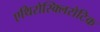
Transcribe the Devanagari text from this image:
एथिरोस्क्लिरोटिक